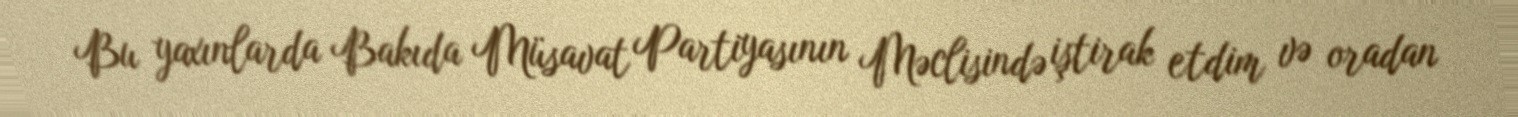
Bu yaxınlarda Bakıda Müsavat Partiyasının Məclisində iştirak etdim və oradan